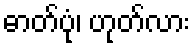
ဓာတ်ပုံ၊ ဟုတ်လား